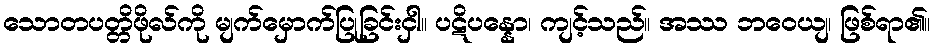
သောတပတ္တိဖိုလ်ကို မျက်မှောက်ပြုခြင်းငှါ။ ပဋိပန္နော၊ ကျင့်သည်။ အဿ ဘဝေယျ၊ ဖြစ်ရာ၏။